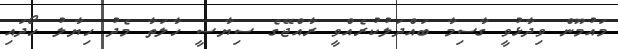
މައުމޫން ވިދާޅުވީ ގާސިމާ ބައްދަލުކުރެއްވީ ރާއްޖޭގެ ސިޔާސީ ހާލަތާ މެދު ހިޔާލު ހޯދައި